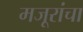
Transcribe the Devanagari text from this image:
मजूरांचा